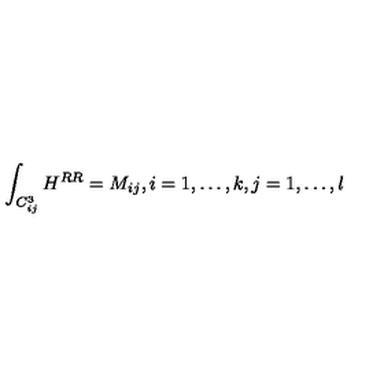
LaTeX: \int _ { C _ { i j } ^ { 3 } } H ^ { R R } = M _ { i j } , i = 1 , \ldots , k , j = 1 , \ldots , l